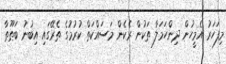
މިފަހަރު އެމީހުން ދިންހަމަލާ ތަކުން ރެކެން މަސައްކަތް ކުރުމުގެ ތެރޭގައި އިބުނު ބަޠޫޠާ